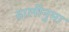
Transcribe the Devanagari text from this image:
डालीनुमा